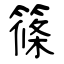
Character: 篠